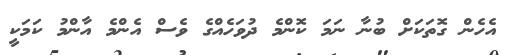
އެހެން ގޮތަކަށް ބުނާ ނަމަ ކޮންމެ ދުވަހެއްގެ ވެސް އެންމެ އާންމު ކަމަކީ